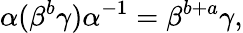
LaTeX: \alpha(\beta^{b}\gamma)\alpha^{-1}=\beta^{b+a}\gamma,